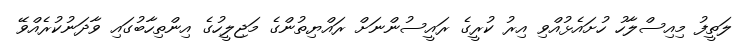
ލަތީފު މިއިސްލާހު ހުށައެޅުއްވި އިރު ކުރީގެ ރައީސުންނަށް ރައްޔިތުންގެ މަޖިލީހުގެ އިންތިހާބުގައި ވާދަނުކުރެއްވޭ